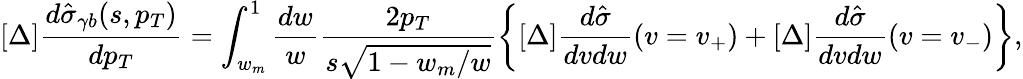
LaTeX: [\Delta]\frac{d\hat{\sigma}_{\gamma b}(s,p_{T})}{dp_{T}}=\int_{w_{m}}^{1}\frac{dw}{w}\frac{2p_{T}}{s\sqrt{1-w_{m}/w}}\left\{ [\Delta]\frac{d\hat{\sigma}}{dvdw}(v=v_{+})+[\Delta]\frac{d\hat{\sigma}}{dvdw}(v=v_{-})\right\} ,